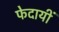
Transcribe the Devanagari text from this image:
फेदायीं